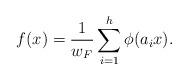
LaTeX: \begin{align*} f(x) = \frac{1}{w_F} \sum_{i=1}^h \phi(a_ix).\end{align*}